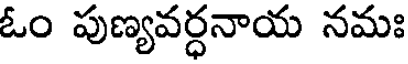
ఓం పుణ్యవర్ధనాయ నమః